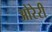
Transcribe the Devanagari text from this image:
ओरेरी